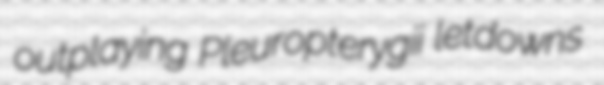
outplaying Pleuropterygii letdowns